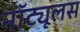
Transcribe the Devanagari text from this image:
नॉट्यूलस